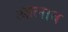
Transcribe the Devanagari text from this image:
आलाब